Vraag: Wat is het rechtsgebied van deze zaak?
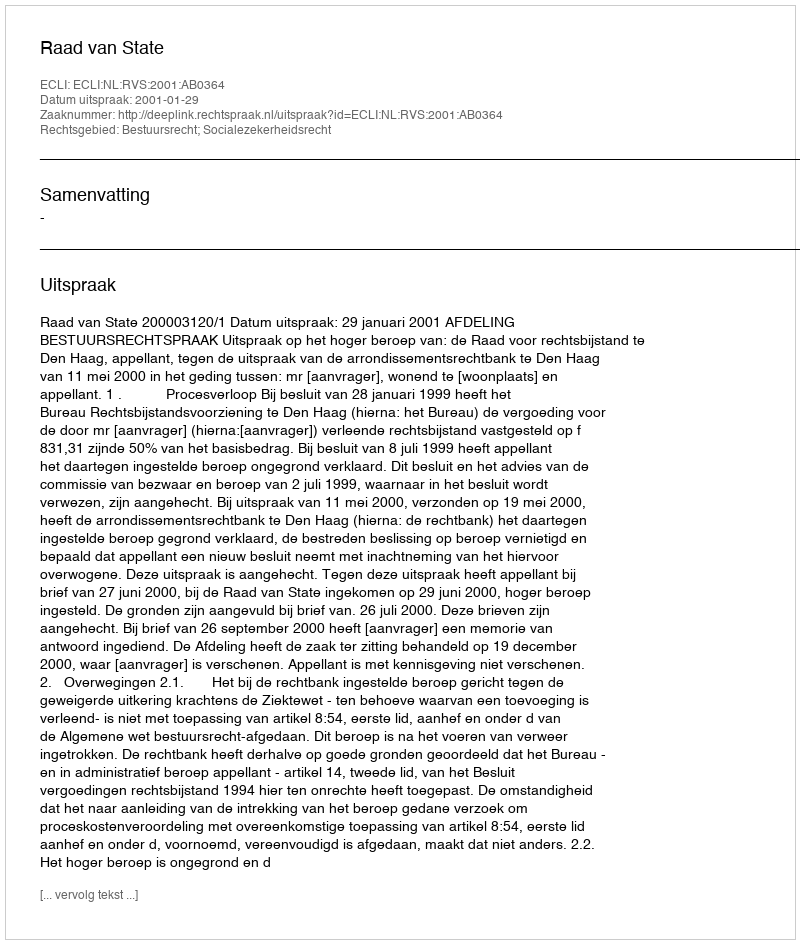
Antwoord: Bestuursrecht; Socialezekerheidsrecht